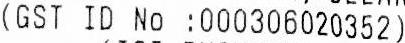
(GST ID NO :000306020352)